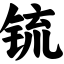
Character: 锍